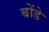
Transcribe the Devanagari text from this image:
बोंडे